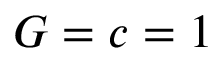
G = c = 1